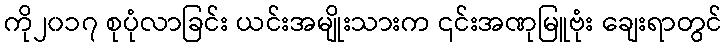
ကို၂၀၁၇ စုပုံလာခြင်း ယင်းအမျိုးသားက ၎င်းအဏုမြူဗုံး ချေးရာတွင်